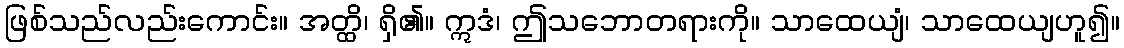
ဖြစ်သည်လည်းကောင်း။ အတ္ထိ၊ ရှိ၏။ ဣဒံ၊ ဤသဘောတရားကို။ သာထေယျံ၊ သာထေယျဟူ၍။